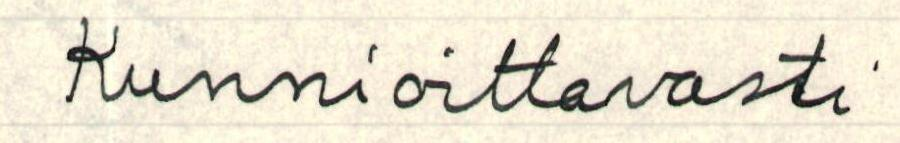
Kunnioittavasti